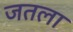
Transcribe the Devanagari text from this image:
जतला